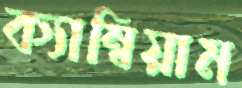
ক্যাম্বিয়াম